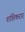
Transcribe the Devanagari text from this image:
शांतिकरार